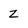
Character: Z